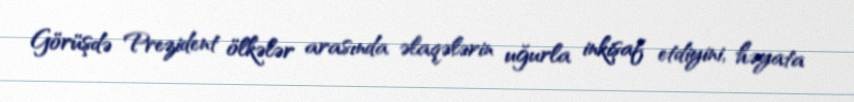
Görüşdə Prezident ölkələr arasında əlaqələrin uğurla inkişaf etdiyini, həyata